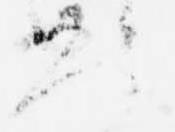
ろ